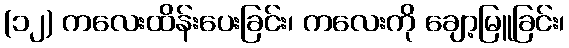
(၁၂) ကလေးထိန်းပေးခြင်း၊ ကလေးကို ချော့မြူခြင်း၊